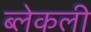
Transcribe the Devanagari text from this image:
ब्लेकली